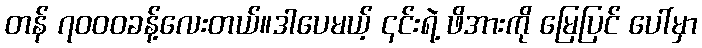
တန် ၇၀၀၀ခန့်လေးတယ်။ဒါပေမယ့် ၎င်းရဲ့ ဖိအားကို မြေပြင် ပေါ်မှာ